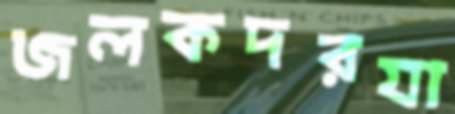
জলকদরযা